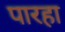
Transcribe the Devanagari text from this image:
पारहा